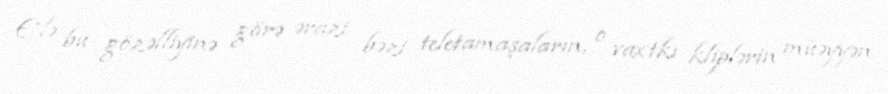
Elə bu gözəlliyinə görə ərazi bəzi teletamaşaların, o vaxtkı kliplərin müəyyən